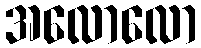
အလောလော